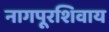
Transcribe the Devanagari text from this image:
नागपूरशिवाय